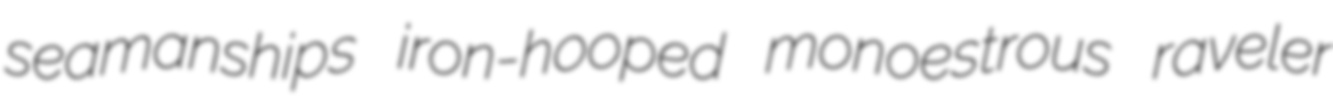
seamanships iron-hooped monoestrous raveler